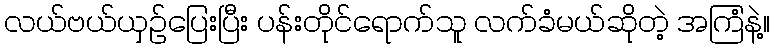
လယ်ဗယ်ယှဉ်ပြေးပြီး ပန်းတိုင်ရောက်သူ လက်ခံမယ်ဆိုတဲ့ အကြံနဲ့။